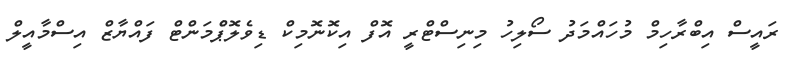
ރައީސް އިބްރާހިމް މުހައްމަދު ސޯލިހު މިނިސްޓްރީ އޮފް އިކޮނޮމިކް ޑިވެލޮޕްެމަންޓް ފައްޔާޒް އިސްމާއީލް